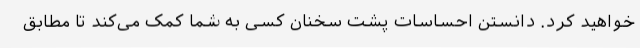
خواهید کرد. دانستن احساسات پشت سخنان کسی به شما کمک می‌کند تا مطابق